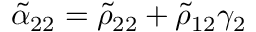
\tilde { \alpha } _ { 2 2 } = \tilde { \rho } _ { 2 2 } + \tilde { \rho } _ { 1 2 } \gamma _ { 2 }